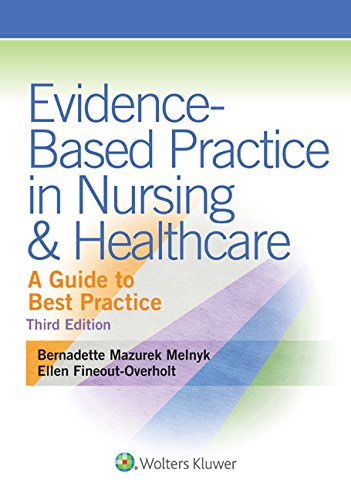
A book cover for Evidence-Based Practice in Nursing & Healthcare: A Guide to Best Practice 3rd edition; Bernadette Melnyk PhD  RN  CPNP/NPP  FAAN; Medical Books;